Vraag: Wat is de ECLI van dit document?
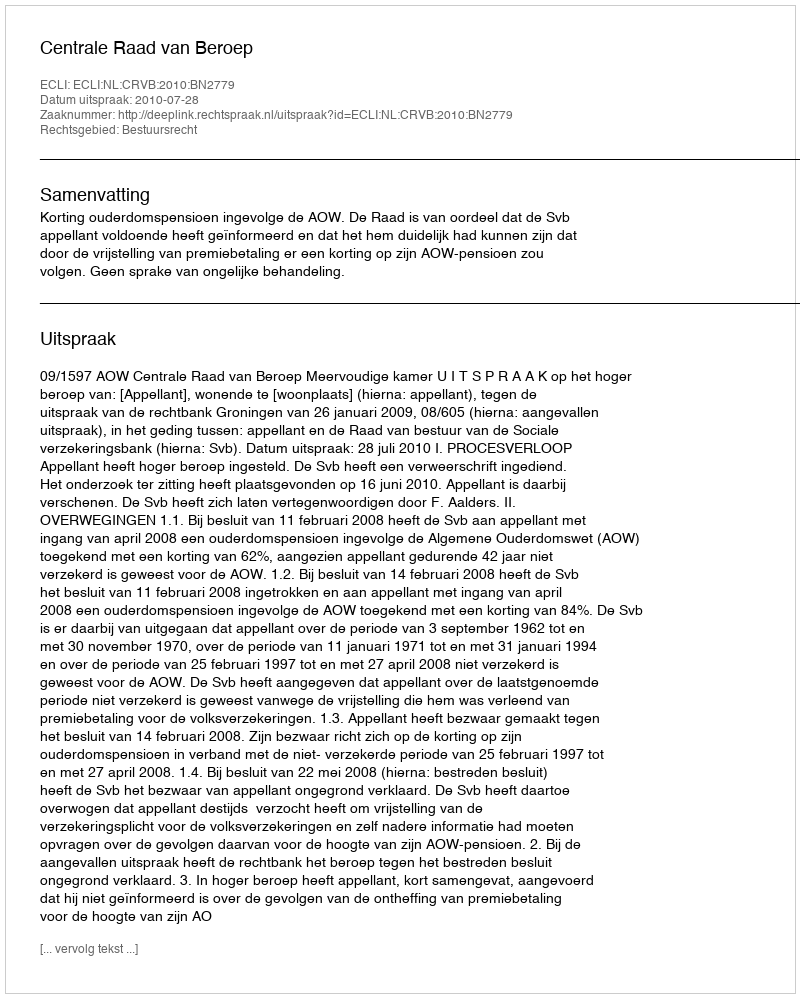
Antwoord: ECLI:NL:CRVB:2010:BN2779